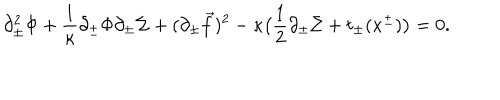
\partial _ { \pm } ^ { 2 } \Phi + { \frac { 1 } { \kappa } } \partial _ { \pm } \Phi \partial _ { \pm } \Sigma + ( \partial _ { \pm } { \vec { f } } ) ^ { 2 } - \kappa \big ( { \frac { 1 } { 2 } } \partial _ { \pm } \Sigma + t _ { \pm } ( x ^ { \pm } ) \big ) = 0 .